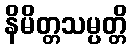
နိမိတ္တသမ္ပတ္တိ